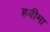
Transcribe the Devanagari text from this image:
हबीमा